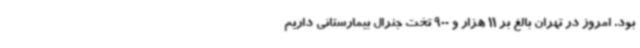
بود. امروز در تهران بالغ بر 11 هزار و 900 تخت جنرال بیمارستانی داریم